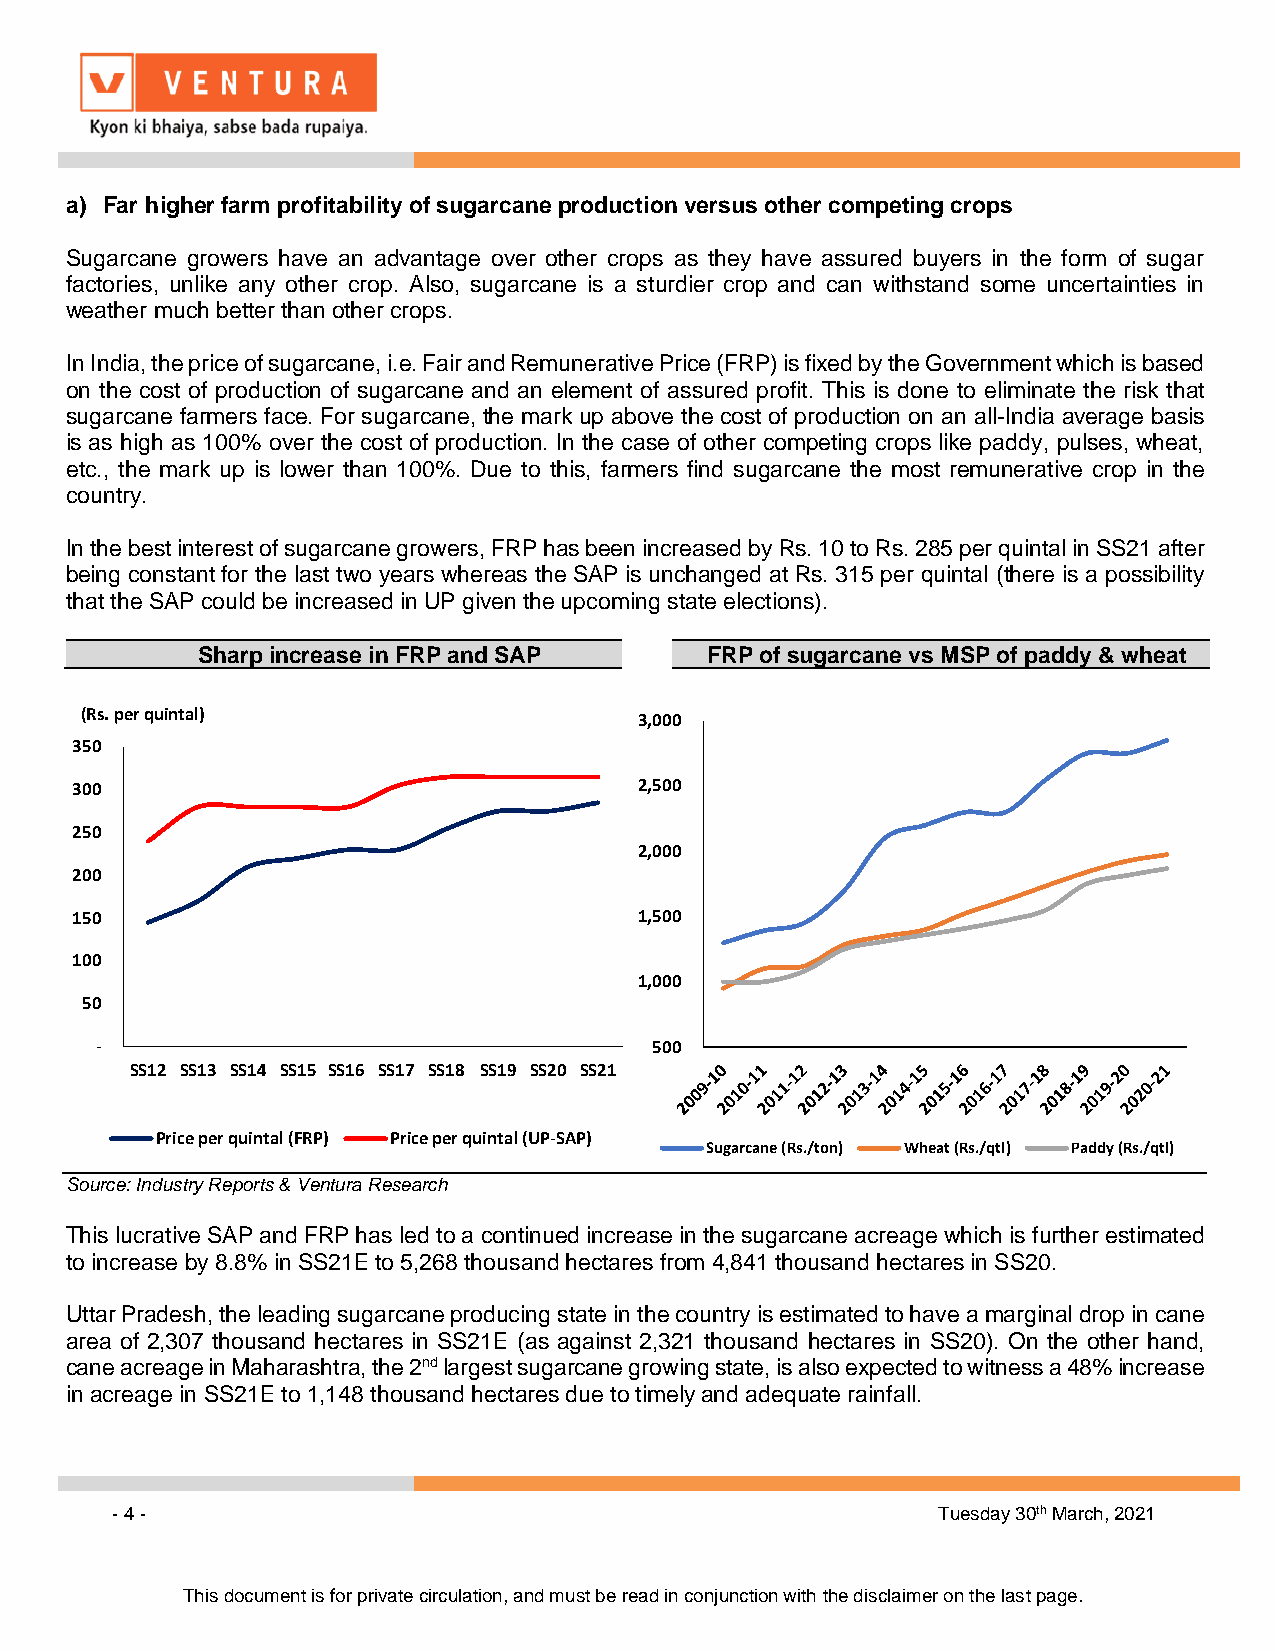
a) Far higher farm profitability of sugarcane production versus other competing crops
 Sugarcane growers have an advantage over other crops as they have assured buyers in the form of sugar
 factories, unlike any other crop. Also, sugarcane is a sturdier crop and can withstand some uncertainties in
 weather much better than other crops.
 In India, the price of sugarcane, i.e. Fair and Remunerative Price (FRP) is fixed by the Government which is based
 on the cost of production of sugarcane and an element of assured profit. This is done to eliminate the risk that
 sugarcane farmers face. For sugarcane, the mark up above the cost of production on an all-India average basis
 is as high as 100% over the cost of production. In the case of other competing crops like paddy, pulses, wheat,
 etc., the mark up is lower than 100%. Due to this, farmers find sugarcane the most remunerative crop in the
 country.
 In the best interest of sugarcane growers, FRP has been increased by Rs. 10 to Rs. 285 per quintal in SS21 after
 being constant for the last two years whereas the SAP is unchanged at Rs. 315 per quintal (there is a possibility
 that the SAP could be increased in UP given the upcoming state elections).
 Sharp increase in FRP and SAP     FRP of sugarcane vs MSP of paddy & wheat
 (Rs. per quintal)                    3,000
 350
 300                                  2,500
 250
 2,000
 200
 150                                  1,500
 100
 1,000
 50
 -                                    500
 SS12 SS13 SS14 SS15 SS16 SS17 SS18 SS19 SS20 SS21
 Price per quintal (FRP) Price per quintal (UP-SAP)
 Sugarcane (Rs./ton) Wheat (Rs./qtl) Paddy (Rs./qtl)
 Source: Industry Reports & Ventura Research
 This lucrative SAP and FRP has led to a continued increase in the sugarcane acreage which is further estimated
 to increase by 8.8% in SS21E to 5,268 thousand hectares from 4,841 thousand hectares in SS20.
 Uttar Pradesh, the leading sugarcane producing state in the country is estimated to have a marginal drop in cane
 area of 2,307 thousand hectares in SS21E (as against 2,321 thousand hectares in SS20). On the other hand,
 cane acreage in Maharashtra, the 2nd largest sugarcane growing state, is also expected to witness a 48% increase
 in acreage in SS21E to 1,148 thousand hectares due to timely and adequate rainfall.
 - 4 -                                                  Tuesday 30th March, 2021
 This document is for private circulation, and must be read in conjunction with the disclaimer on the last page.